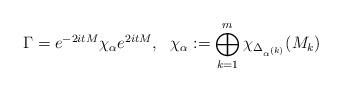
LaTeX: \begin{align*}\Gamma = e^{-2itM} \chi_{\alpha} e^{2itM},\ \ \chi_{\alpha}:=\bigoplus_{k=1}^m \chi_{\Delta_{\alpha^{(k)}}}(M_k)\end{align*}